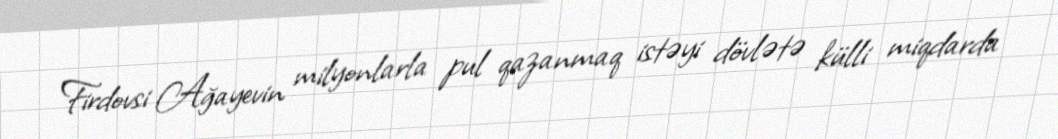
Firdovsi Ağayevin milyonlarla pul qazanmaq istəyi dövlətə külli miqdarda